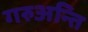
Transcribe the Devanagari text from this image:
गरुअन्ति